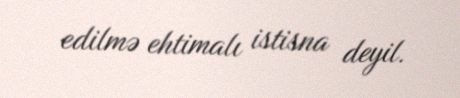
edilmə ehtimalı istisna deyil.